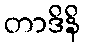
တာဒိနိ